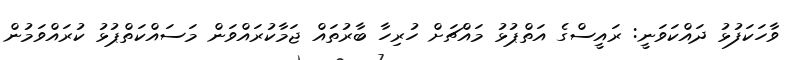
ވާހަކަފުޅު ދައްކަވަނީ: ރައީސްގެ އަތްޕުޅު މައްޗަށް ހުރިހާ ބާރުތައް ޖަމާކުރައްވަން މަސައްކަތްޕުޅު ކުރައްވަމުން